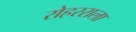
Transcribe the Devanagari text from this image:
रोहरराला